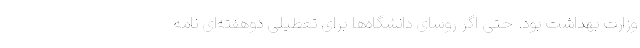
وزارت بهداشت بود. حتی اگر روسای دانشگاه‌ها برای تعطیلی دوهفته‌ای نامه